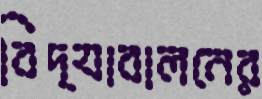
বিদ্যাবালনের